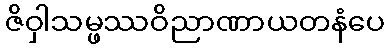
ဇိဝှါသမ္ဖဿဝိညာဏာယတနံပေ